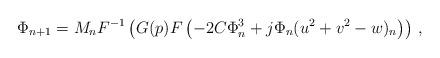
LaTeX: \begin{align*}\Phi_{n+1}=M_{n}F^{-1}\left(G(p)F\left(-2C\Phi_{n}^{3}+j\Phi_{n}(u^{2}+v^{2}-w)_{n}\right)\right) \, ,\end{align*}